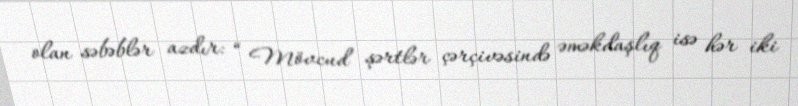
olan səbəblər azdır: “ Mövcud şərtlər çərçivəsində əməkdaşlıq isə hər iki